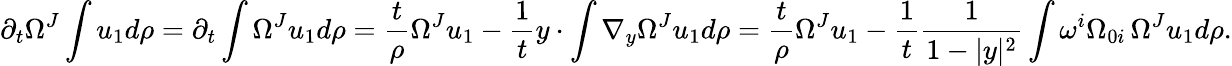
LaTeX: \partial_{t}\Omega^{J}\int u_{1}d\rho=\partial_{t}\int\Omega^{J}u_{1}d\rho=\frac t\rho\Omega^{J}u_{1}-\frac 1ty\cdot\int\nabla_{y}\Omega^{J}u_{1}d\rho=\frac t\rho\Omega^{J}u_{1}-\frac 1t\frac{1}{1-|y|^{2}}\int\omega^{i}\Omega_{0i}\, \Omega^{J}u_{1}d\rho.